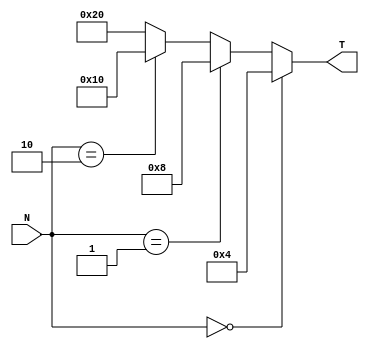
module decode_size(input [1:0]N, 
output signed [5:0]T);

assign T =  (N == 0) ? 6'd4:
				(N == 1) ? 6'd8:
				(N == 2) ? 6'd16:
				6'd32;

endmodule